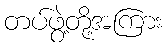
တပ်ဖွဲ့တို့အကြား